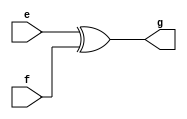
`timescale 1ns / 1ps
//////////////////////////////////////////////////////////////////////////////////
// Company: 
// Engineer: 
// 
// Design Name: 
// Module Name:    axor 
// Project Name: 
// Target Devices: 
// Tool versions: 
// Description: 
//
// Dependencies: 
//
// Revision: 
// Revision 0.01 - File Created
// Additional Comments: 
//
//////////////////////////////////////////////////////////////////////////////////
module axor(e,f,g);

input   e,f;

output  g;
 
assign g = e^f;



endmodule